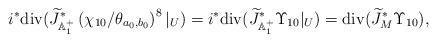
LaTeX: \begin{align*}i^{*}{\rm div}(\widetilde{J}_{{\Bbb A}_{1}^{+}}^{*}\left(\chi_{10}/\theta_{a_{0},b_{0}}\right)^{8}|_{U})=i^{*}{\rm div}(\widetilde{J}_{{\Bbb A}_{1}^{+}}^{*}\Upsilon_{10}|_{U})={\rm div}(\widetilde{J}_{M}^{*}\Upsilon_{10}),\end{align*}